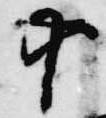
十